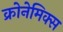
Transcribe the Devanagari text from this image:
क्रोनेमिक्स